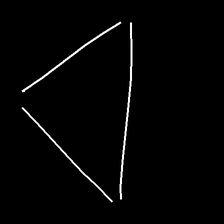
Glyph: convergence